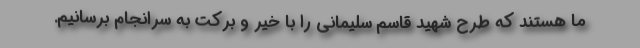
ما هستند که طرح شهید قاسم سلیمانی را با خیر و برکت به سرانجام برسانیم.